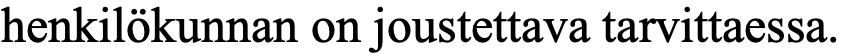
henkilökunnan on joustettava tarvittaessa.